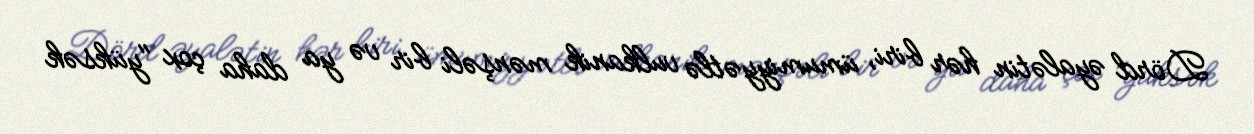
Dörd əyalətin hər biri, ümumiyyətlə vulkanik mənşəli bir və ya daha çox "yüksək